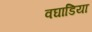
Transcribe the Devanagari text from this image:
वघाडिया